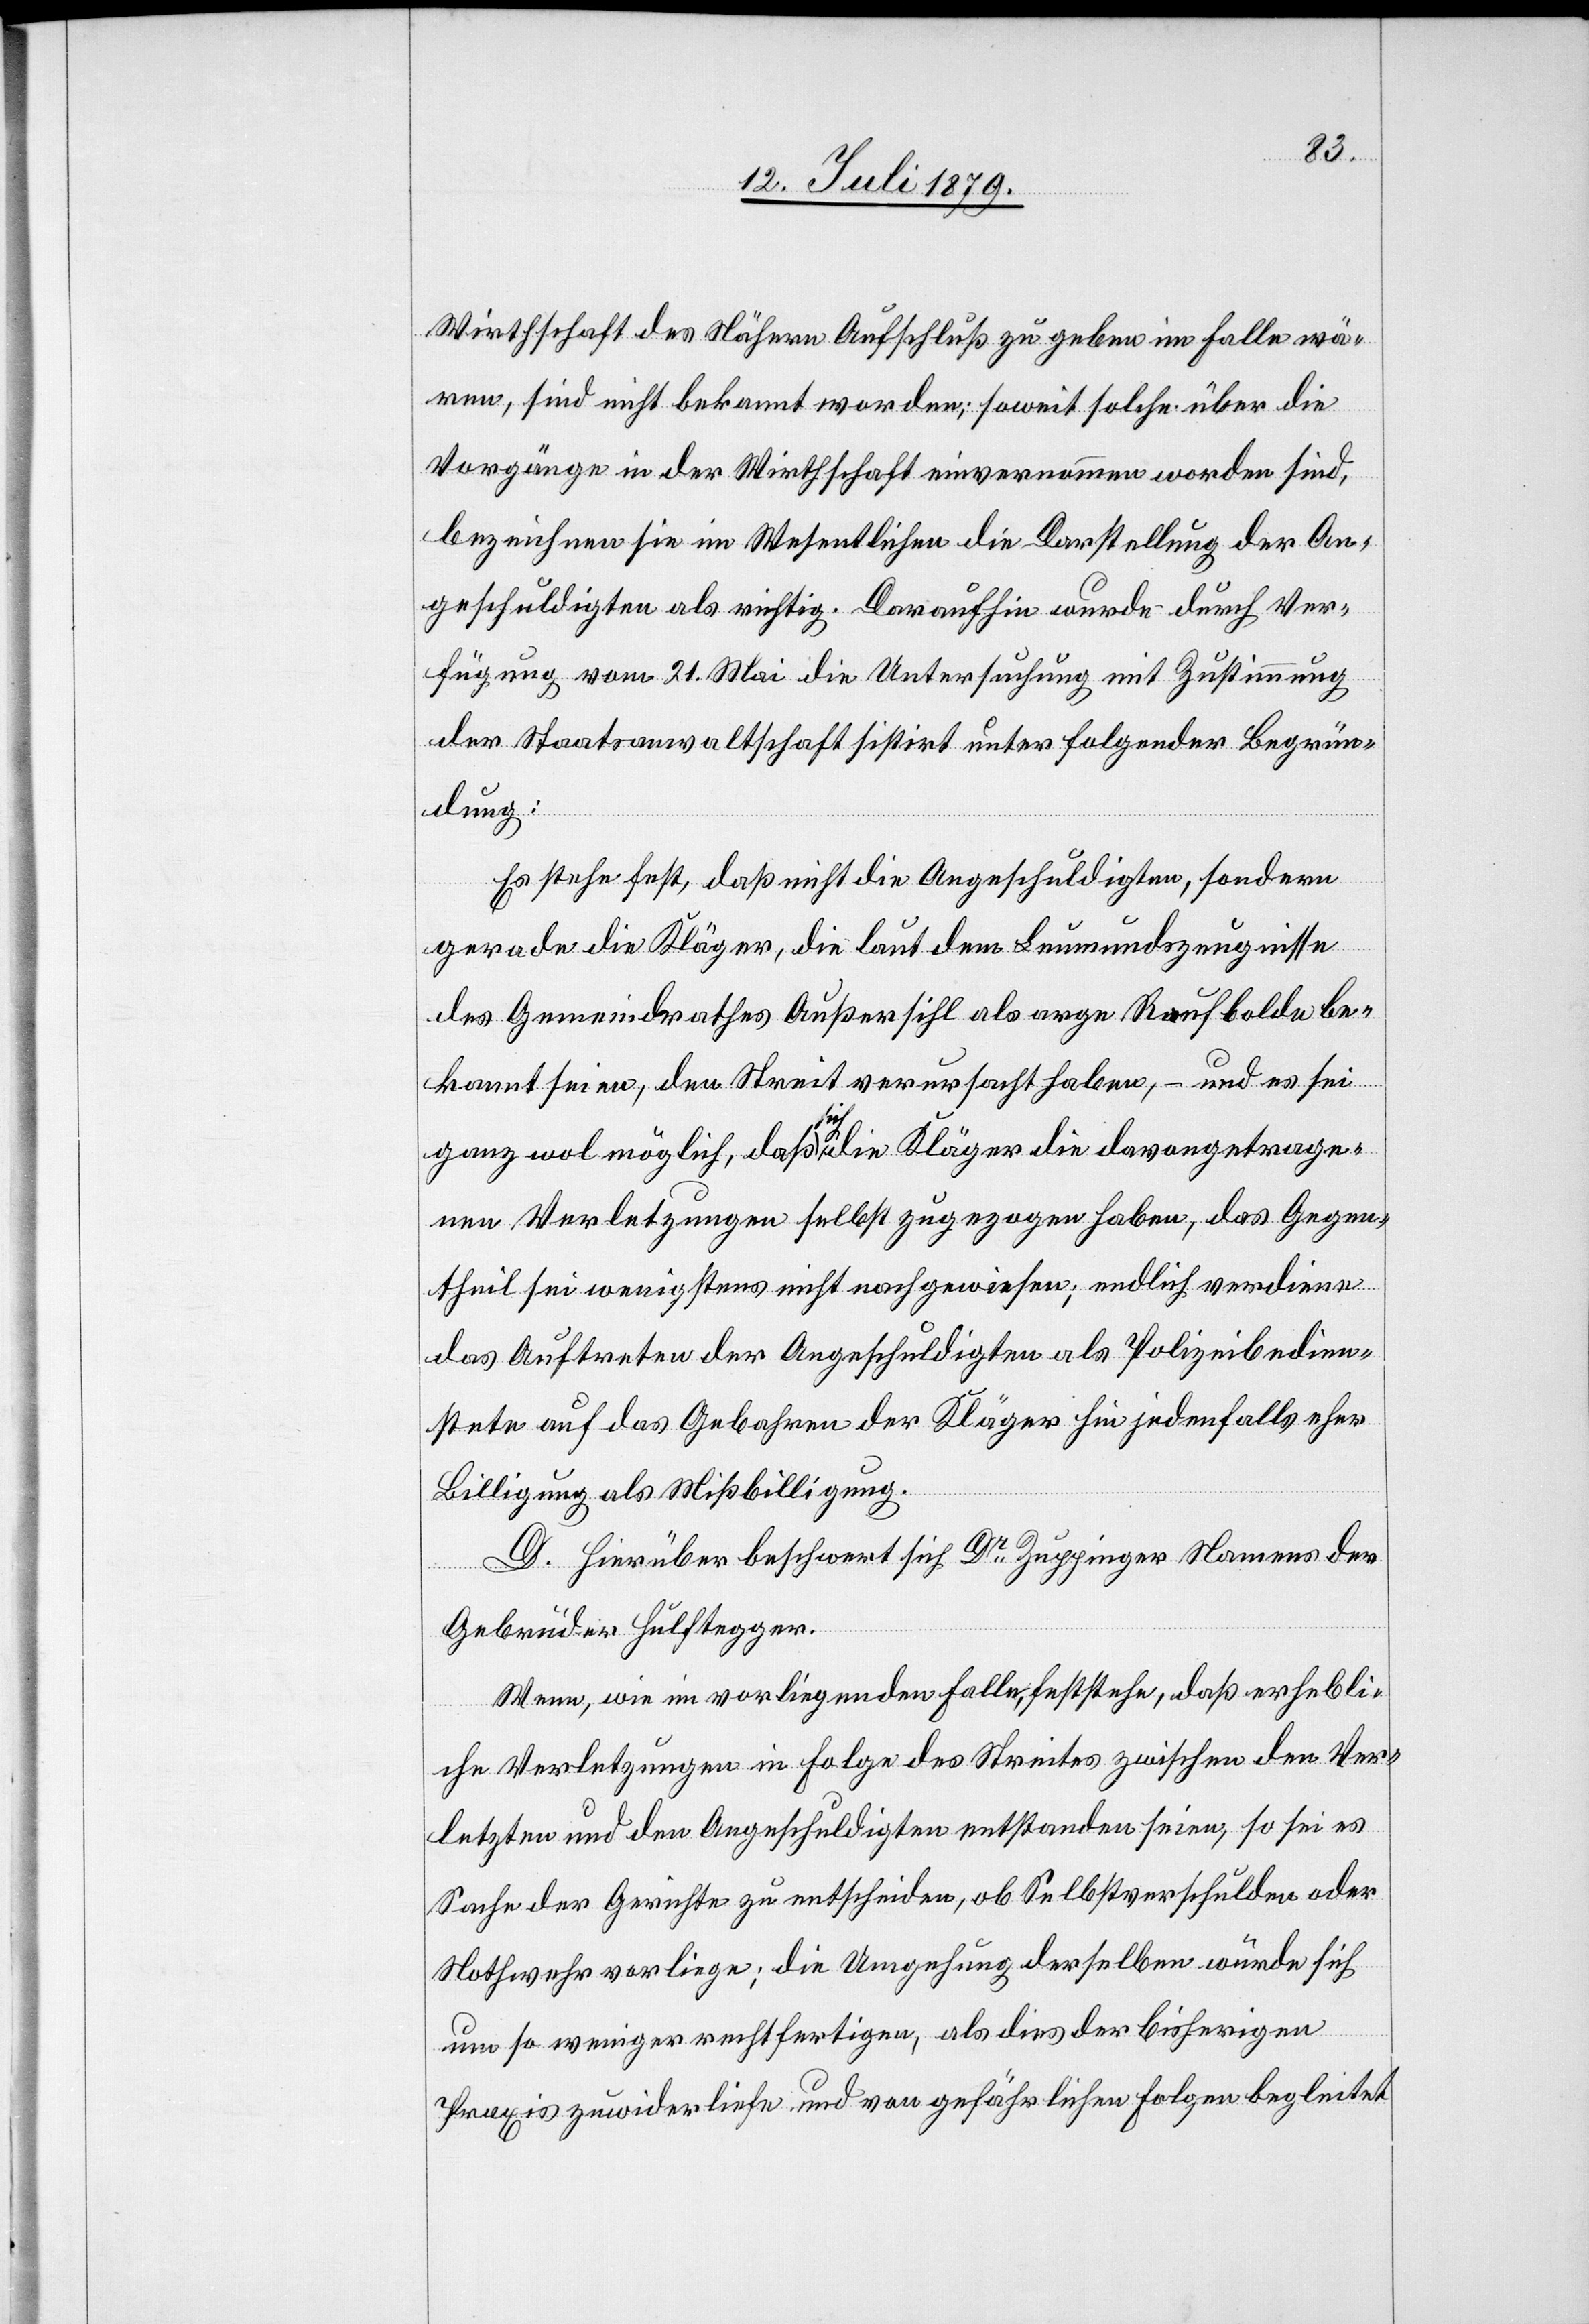
Wirthschaft des Nähern Aufschluß zu geben im Falle wä¬
ren, sind nicht bekannt worden; soweit solche über die
Vorgänge in der Wirthschaft einvernommen worden sind,
bezeichnen sie im Wesentlichen die Darstellung der An¬
geschuldigten als richtig. Daraufhin wurde durch Ver¬
fügung vom 21. Mai die Untersuchung mit Zustimmung
der Staatsanwaltschaft sistirt unter folgender Begrün¬
dung:
Es stehe fest, daß nicht die Angeschuldigten, sondern
gerade die Kläger, die laut dem Leumundszeugnisse
des Gemeindrathes Außersihl als arge Raufbolde be¬
kannt seien, den Streit verursacht haben, – und es sei
ganz wol möglich, daß sich die Kläger die davongetrage¬
nen Verletzungen selbst zugezogen haben, das Gegen¬
theil sei wenigstens nicht nachgewiesen; endlich verdiene
das Auftreten der Angeschuldigten als Polizeibedien¬
stete auf das Gebahren der Kläger hin jedenfalls eher
Billigung als Mißbilligung.
D. Hierüber beschwert sich Dr Zuppinger Namens der
Gebrüder Hulftegger.
Wenn, wie im vorliegenden Falle, feststehe, daß erhebli¬
che Verletzungen in Folge des Streites zwischen den Ver¬
letzten und den Angeschuldigten entstanden seien, so sei es
Sache der Gerichte zu entscheiden, ob Selbstverschulden oder
Nothwehr vorliege; die Umgehung derselben würde sich
um so weniger rechtfertigen, als dies der bisherigen
Praxis zuwiderliefe und von gefährlichen Folgen begleitet